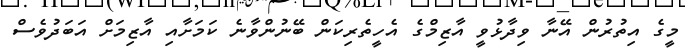
މީގެ އިތުރުން އޭނާ ވިދާޅުވީ އާޒިމްގެ އެހީތެރިކަން ބޭނުންވާނެ ކަމަށާއި އާޒިމަށް އަބަދުވެސް